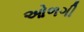
ઓળગી